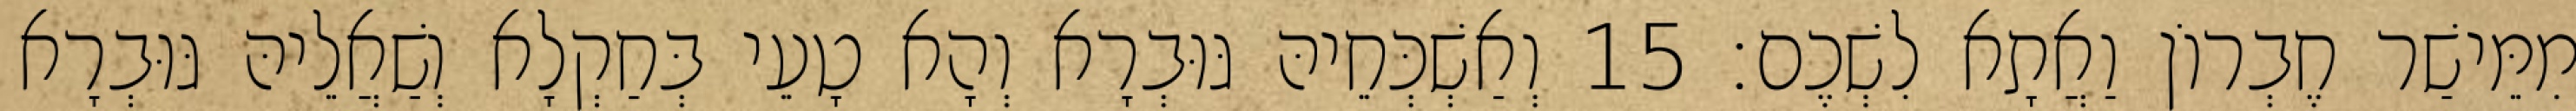
מִמֵּישַׁר חֶבְרוֹן וַאֲתָא לִשְׁכֶם׃ 15 וְאַשְׁכְּחֵיהּ גּוּבְרָא וְהָא טָעֵי בְּחַקְלָא וְשַׁאֲלֵיהּ גּוּבְרָא